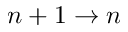
n + 1 \rightarrow n